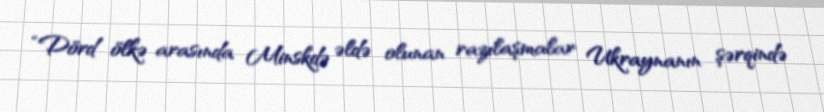
“Dörd ölkə arasında Minskdə əldə olunan razılaşmalar Ukraynanın şərqində